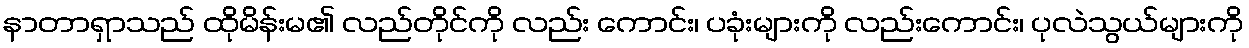
နာတာရှာသည် ထိုမိန်းမ၏ လည်တိုင်ကို လည်း ကောင်း၊ ပခုံးများကို လည်းကောင်း၊ ပုလဲသွယ်များကို